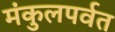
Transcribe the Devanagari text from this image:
मंकुलपर्वत